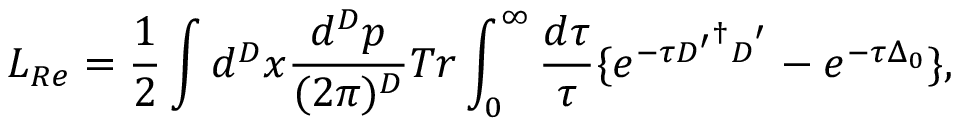
{ \cal L } _ { R e } = { \frac { 1 } { 2 } } \int d ^ { D } x \frac { d ^ { D } p } { ( 2 \pi ) ^ { D } } T r \int _ { 0 } ^ { \infty } { \frac { d \tau } { \tau } } \{ e ^ { - \tau { \cal D ^ { \prime } } ^ { \dag } { \cal D } ^ { ' } } - e ^ { - \tau \Delta _ { 0 } } \} ,